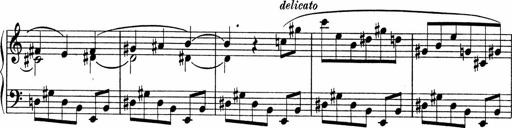
Title: Sonatina No.4
Composer: Abram Kimmell
Key: E minor